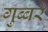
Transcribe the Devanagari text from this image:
गुब्बरे